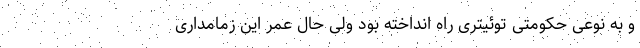
و به نوعی حکومتی توئیتری راه انداخته بود ولی حال عمر این زمامداری